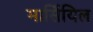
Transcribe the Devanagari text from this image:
मार्सियिल